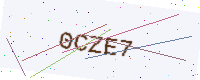
Text: 0CZE7